Leaving Certificate Examination, 1915
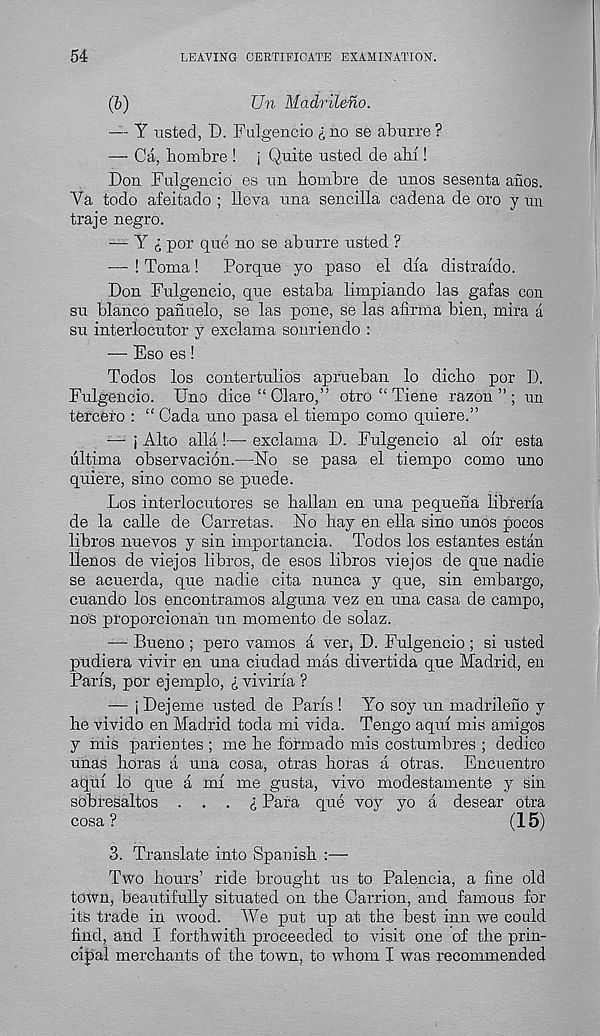
54
LEAVING CERTIFICATE EXAMINATION.
(b)
Un Madriteno.
— Y listed, D. Fulgencio i no se aburre ?
— Ca, bombre ! [ Quite usted de ahi !
Don Fulgencio es un hombre de nnos sesenta anos.
Ya todo afeitado ; lleva una sencilla cadena de oro y tin
traje negro.
—- Y i por que no se aburre usted ?
— ! Toma!
Porque yo paso el dia distrafdo.
Don Fulgencio, que estaba limpiando las gafas con
su bianco panuelo, se las pone, se las afirma bien, mira a
su interlocutor y exclama sonriendo :
— Eso es!
Todos los contertulios aprueban lo diclio por D.
Fulgencio. Uno dice“Claro,” otro “ Tiene razon ” ; un
tercero : “ Cada uno pasa el tiempo como quiere.”
— i Alto alia !— exclama D. Fulgencio al oir esta
ultima observacion.—No se pasa el tiempo como nno
quiere, sino como se puede.
Los interlocutores se Lallan en una pequena libreria
de la calle de Oarretas. No hay en ella sino unos pocos
libros nuevos y sin importancia. Todos los estantes estan
llenos de viejos libros, de esos libros viejos de que nadie
se acuerda, que nadie cita nunca y que, sin embargo,
cuando los encontramos alguna vez en una casa de campo,
nos proporcionan un momento de solaz.
— Bueno ; pero vamos a ver, D. Fulgencio ; si usted
pudiera vivir en una ciudad mas divertida que Madrid, en
Paris, por ejemplo, l viviria ?
— i Dejeme usted de Pans ! Yo soy un madrileno y
he vivido en Madrid toda mi vida. Tengo aqiti mis amigos
y mis parientes ; me he formado mis costumbres ; dedico
unas horas a una cosa, otras horas a otras. Encuentro
aqiii lo que a mi me gusta, vivo modestamente y sin
sobresaltos ... £ Para que voy yo a desear otra
cosa ?
(15)
3. Translate into Spanish :—
Two hours’ ride brought us to Palencia, a line old
town, beautifully situated on the Carrion, and famous for
its trade in wood. We put up at the best inn we could
find, and I forthwith proceeded to visit one of the prin-
cipal merchants of the town, to whom I was recommended